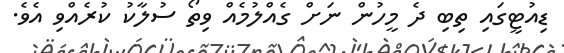
ޑިއުޓީގައި ތިބި ދެ މީހުން ނަށް ގެއްލުމެއް ވިތޯ ސުލާކު ކުރެއްވި އެވެ.